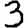
Digit: 3